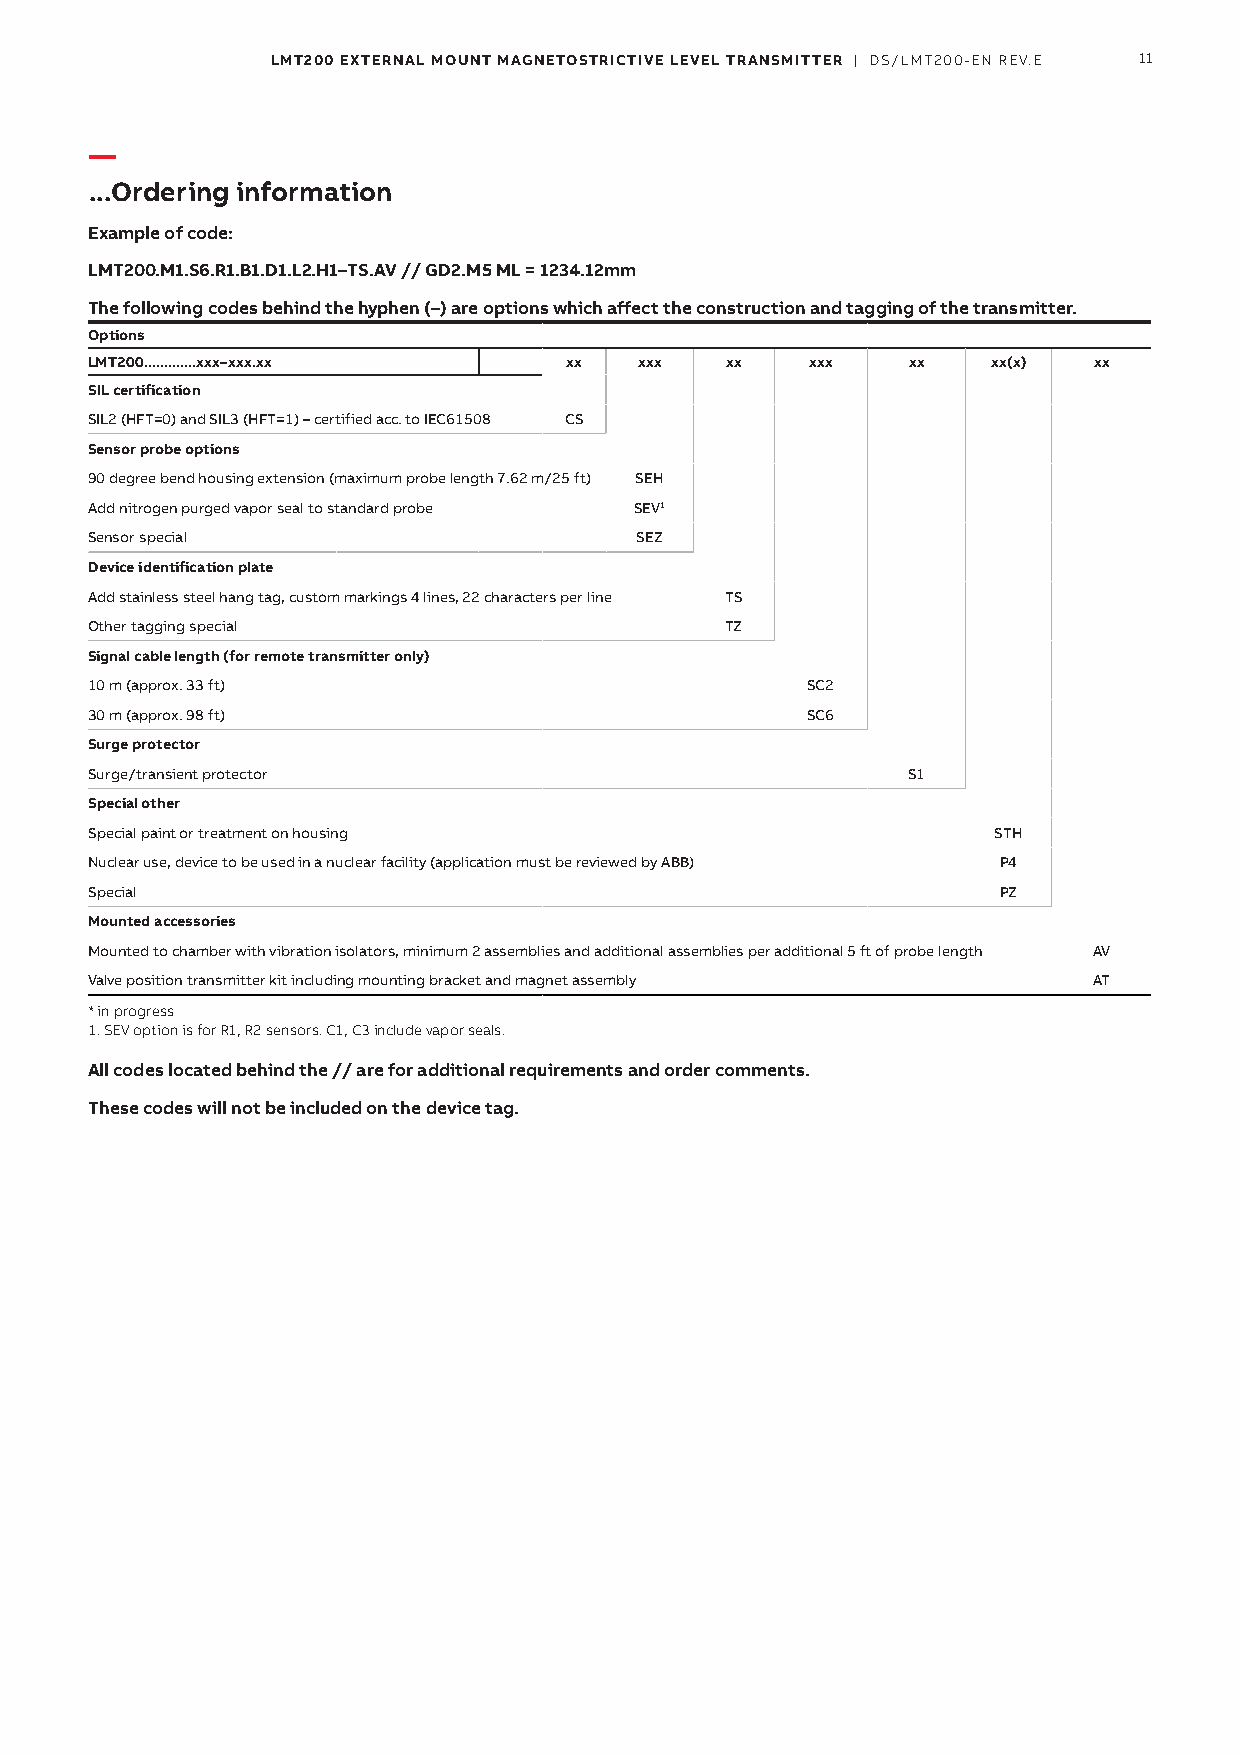
LMT200 EXTERNAL MOUNT MAGNETOSTRICTIVE LEVEL TRANSMITTER | DS/LMT200-EN REV.E 11
 —
 ...Ordering information
 Example of code:
 LMT200.M1.S6.R1.B1.D1.L2.H1–TS.AV // GD2.M5 ML = 1234.12mm
 The following codes behind the hyphen (–) are options which affect the construction and tagging of the transmitter.
 Options
 LMT200.............xxx–xxx.xx  xx   xxx   xx    xxx   xx    xx(x) xx
 SIL certification
 SIL2 (HFT=0) and SIL3 (HFT=1) – certified acc. to IEC61508 CS
 Sensor probe options
 90 degree bend housing extension (maximum probe length 7.62 m/25 ft) SEH
 Add nitrogen purged vapor seal to standard probe SEV1
 Sensor special                      SEZ
 Device identification plate
 Add stainless steel hang tag, custom markings 4 lines, 22 characters per line TS
 Other tagging special                     TZ
 Signal cable length (for remote transmitter only)
 10 m (approx. 33 ft)                           SC2
 30 m (approx. 98 ft)                           SC6
 Surge protector
 Surge/transient protector                             S1
 Special other
 Special paint or treatment on housing                       STH
 Nuclear use, device to be used in a nuclear facility (application must be reviewed by ABB) P4
 Special                                                     PZ
 Mounted accessories
 Mounted to chamber with vibration isolators, minimum 2 assemblies and additional assemblies per additional 5 ft of probe length AV
 Valve position transmitter kit including mounting bracket and magnet assembly AT
 * in progress
 1. SEV option is for R1, R2 sensors. C1, C3 include vapor seals.
 All codes located behind the // are for additional requirements and order comments.
 These codes will not be included on the device tag.